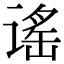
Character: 谣